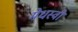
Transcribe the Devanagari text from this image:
मेधस्वी